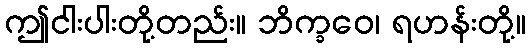
ဤငါးပါးတို့တည်း။ ဘိက္ခဝေ၊ ရဟန်းတို့။